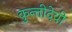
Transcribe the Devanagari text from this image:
कुन्तीदेवी